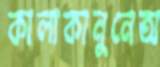
কালাকানুনেঅ